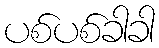
ပစ်ပစ်ခါခါ